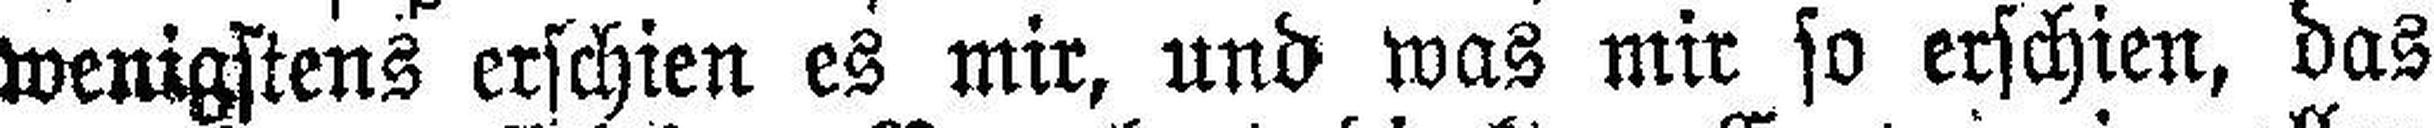
wenigstens erschien es mir, und was mir so erschien, das